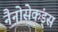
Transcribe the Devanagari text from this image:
नैनोसेकंड्स